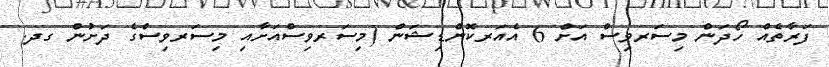
ފަރާތެއް ހޯދަން މިސަރވިސް އަށް 6 އެއަރކޮންޑިޝަން (މިސަރވިސްއަށާއި މިސަރވިސްގެ ދަށުން ގދ.